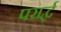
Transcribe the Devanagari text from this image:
परार्द्ध